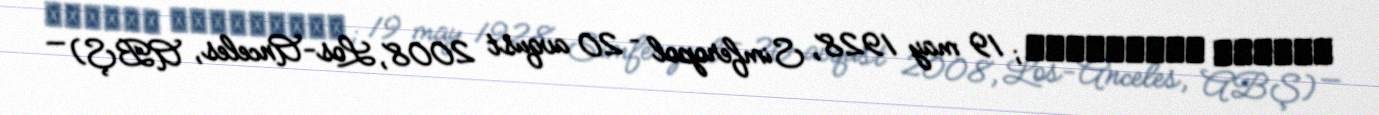
Սերգեյ Մերգելյան; 19 may 1928, Simferopol – 20 avqust 2008, Los-Anceles, ABŞ) —